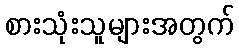
စားသုံးသူများအတွက်